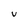
Character: U